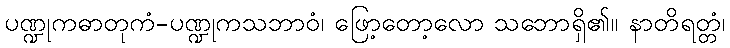
ပဏ္ဍုကဓာတုကံ-ပဏ္ဍုကသဘာဝံ၊ ဖြော့တော့လော သဘောရှိ၏။ နာတိရတ္တံ၊